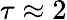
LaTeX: \tau\approx 2